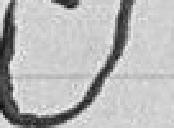
Objets divers